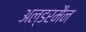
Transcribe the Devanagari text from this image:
अल्डरमैन